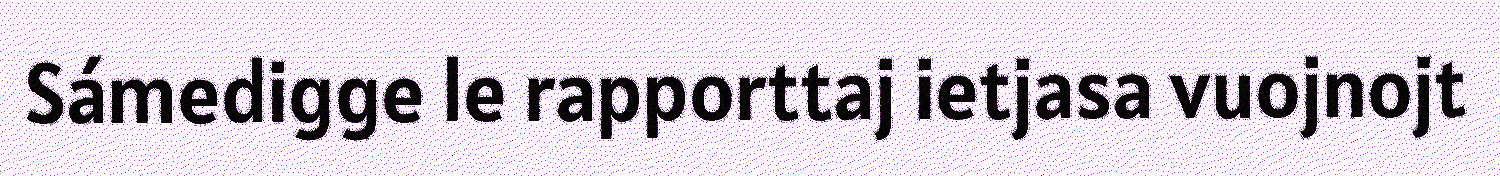
Sámedigge le rapporttaj ietjasa vuojnojt